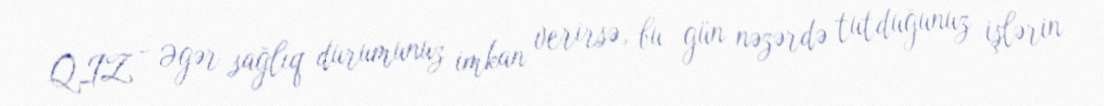
QIZ - Əgər sağlıq durumunuz imkan verirsə, bu gün nəzərdə tutduğunuz işlərin